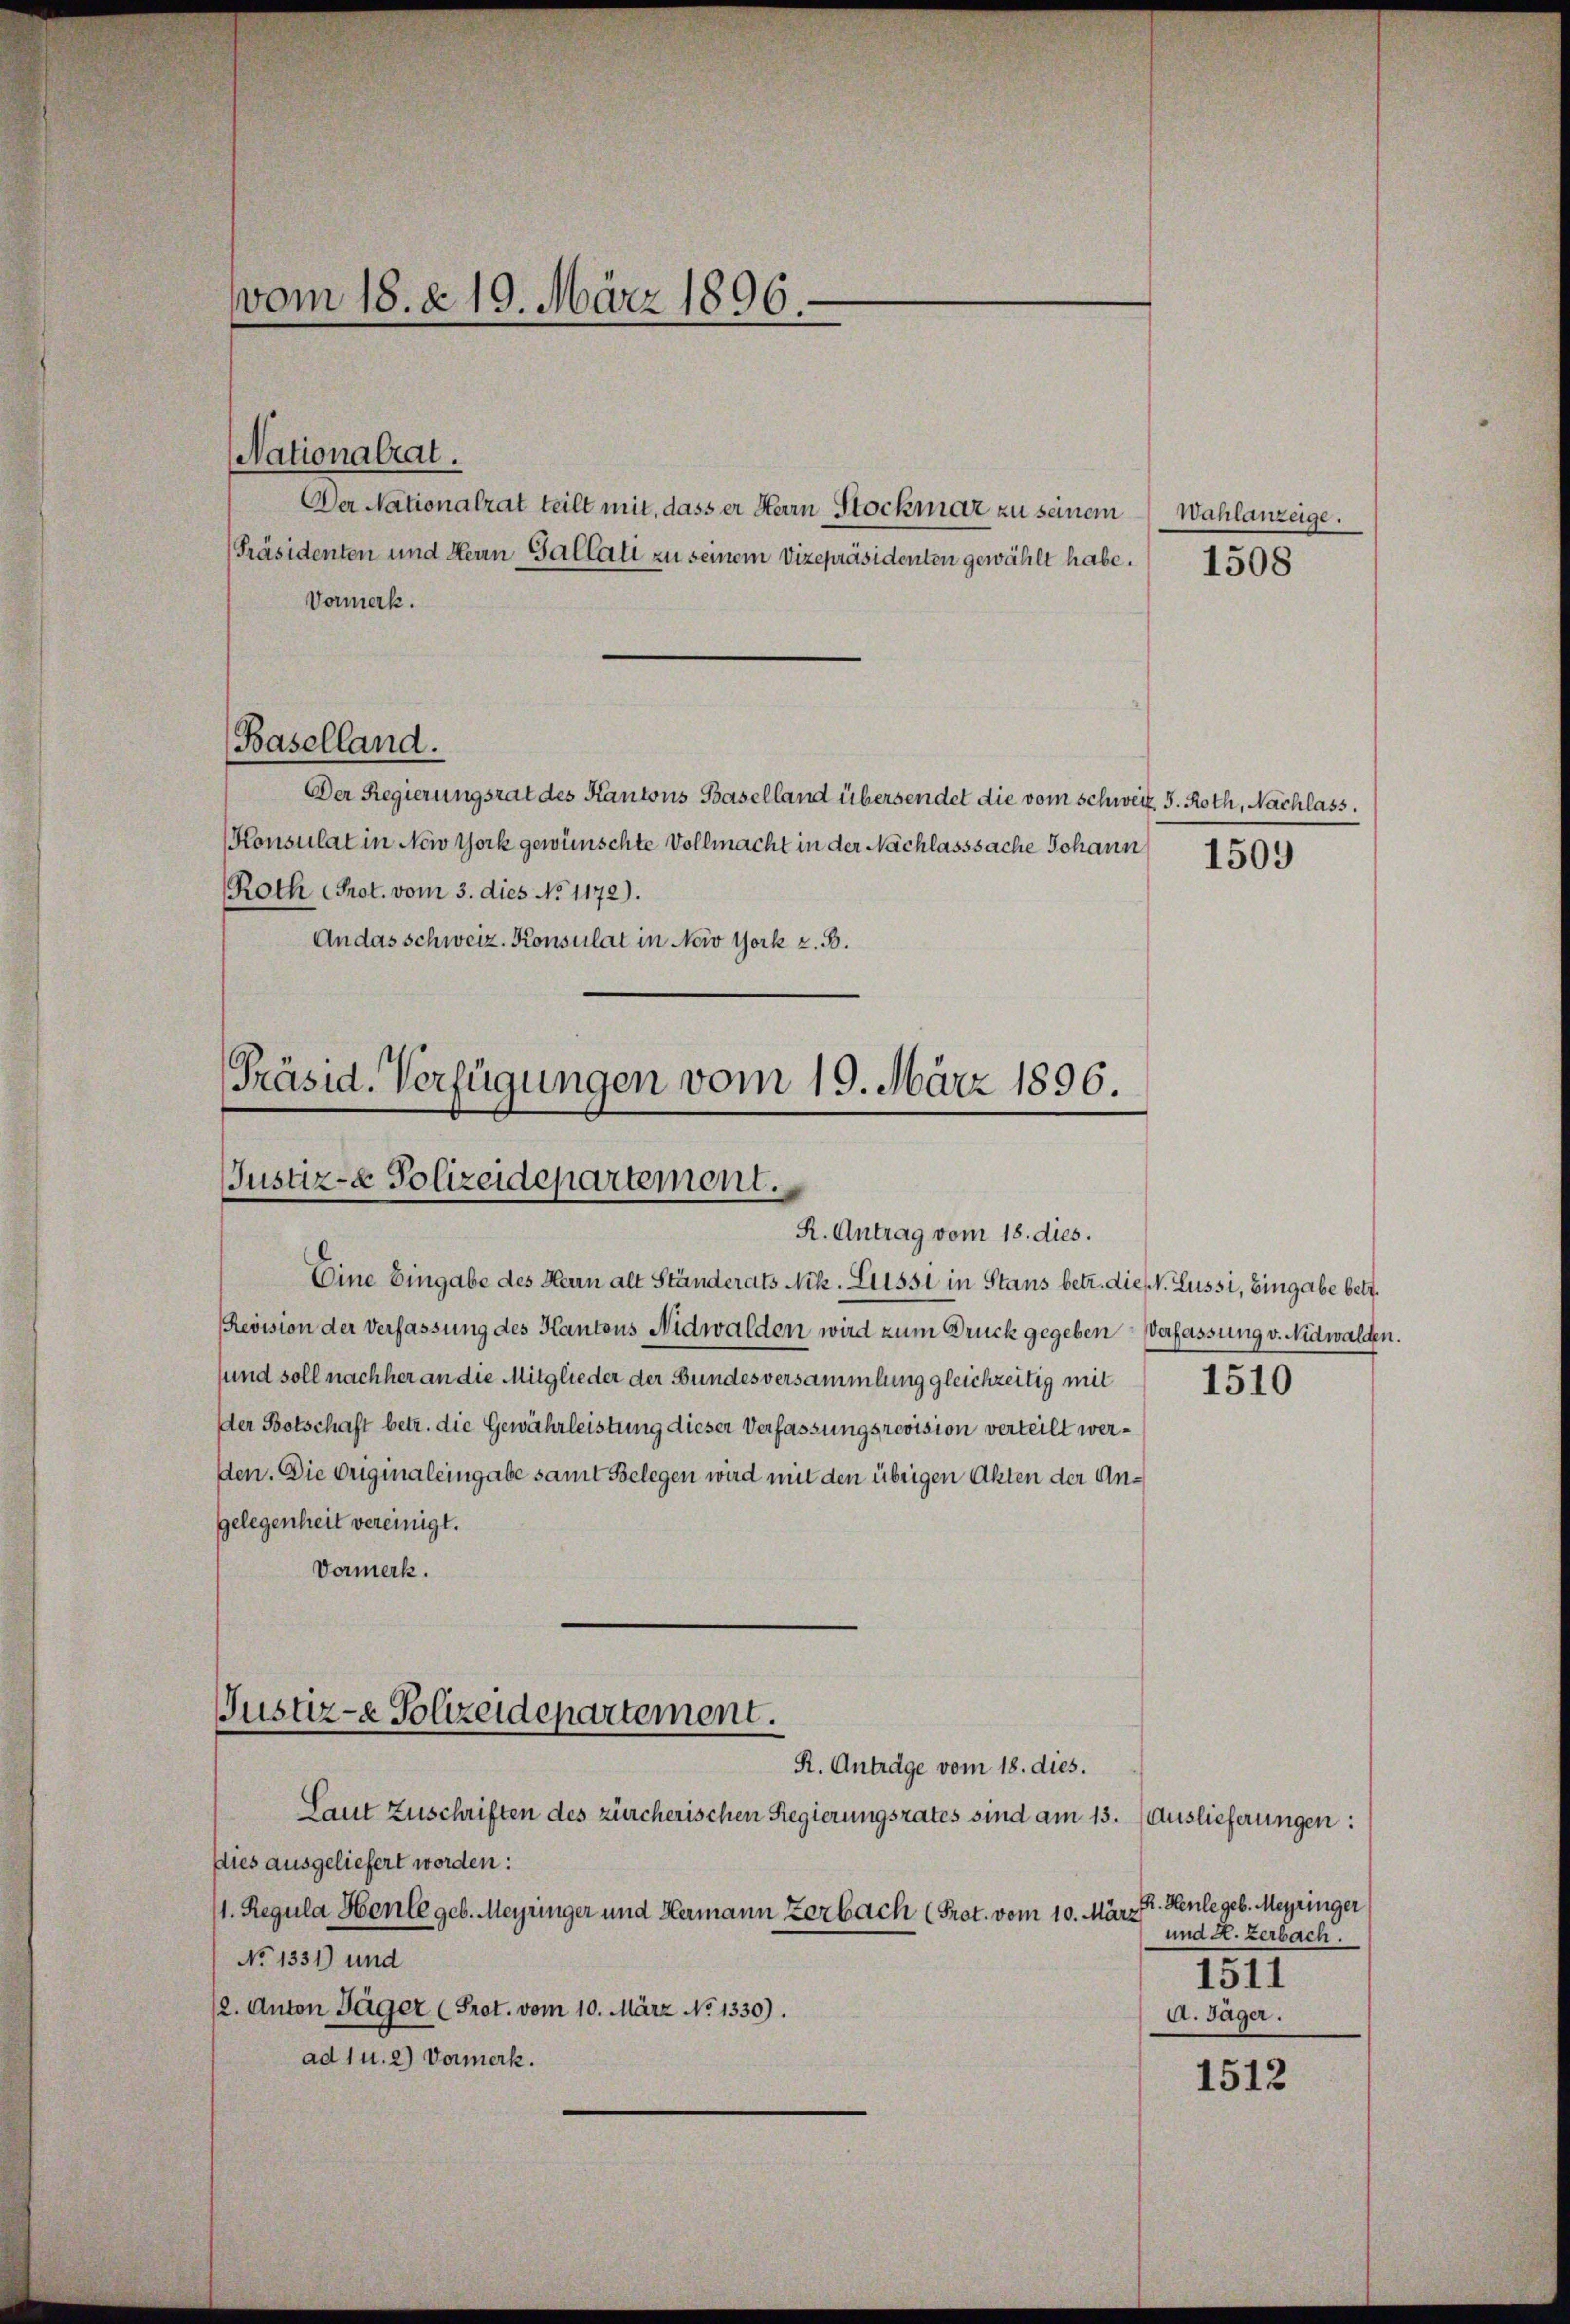
vom 18. d. 19. März 1896.

Nationalrat.
Der Nationalrat teilt mit, dass er Herrn Stockmar zu seinem Wahlanzeige.
[Präsidenten und Herrn Gallati zu seinem Vizepräsidenten gewählt habe.
Vormerk.
(Baselland.
Der Regierungsrat des Kantons Baselland übersendet die vom Schweiz. 5. Roth, Nachlass.
Konsulat in New York gewünschte Vollmacht in der Nachlasssache Johann 1509
Roth Prot. vom 3. dies No 1172).
An das schweiz. Konsulat in Nerv York z. B.

Präsid. Verfügungen vom 19. März 1896.
Justiz- & Polizeidepartement.
R. Antrag vom 18. dies.

Eine Eingabe des Herrn alt Ständerats Nik. Lessi in Staus betr. die V. Lussi, Eingabe betr.
Revision der Verfassung des Kantons Nidwalden wird zum Druck gegeben Verfassung v. Nidwalden.
sund soll nachher an die Mitglieder der Bundesversammlung gleichzeitig mit
Der Botschaft betr. die Gewährleistung dieser Verfassungsrevision verteilt werden. Die Originaleingabe samt Belegen wird mit den übrigen Akten der An¬
Gelegenheit vereinigt.
Vormerk.
Laut Zuschriften des zürcherischen Regierungsrates sind am 13. Auslieferungen:
Dies ausgeliefert worden:
11. Regula Heule geb. Meyringer und Hermann zerbach (Prot. vom 10. März
No 1331) und
(2. Anton Täger (Prot. vom 10. März No 1330).
ad 1 u. 2) Vormerk.

.
Justiz- & Polizeidepartement.
R. Antrage vom 18. dies.

1508

1510

R. Heule geb. Meyringer
und H. zerbach.
1511
A. Jäger.

1512